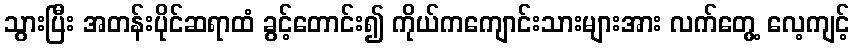
သွားပြီး အတန်းပိုင်ဆရာထံ ခွင့်တောင်း၍ ကိုယ်ကကျောင်းသားများအား လက်တွေ့ လေ့ကျင့်